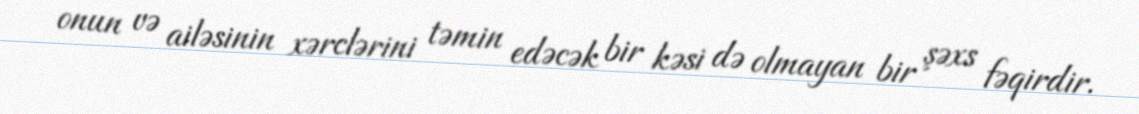
onun və ailəsinin xərclərini təmin edəcək bir kəsi də olmayan bir şəxs fəqirdir.